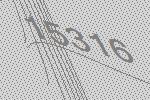
15316